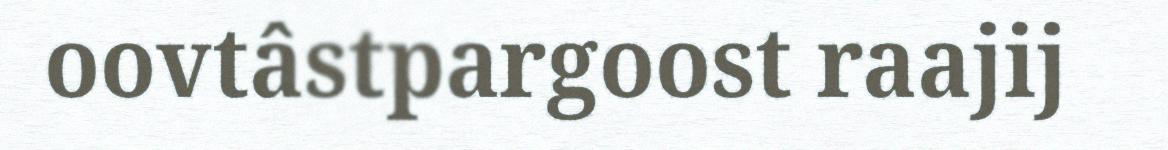
oovtâstpargoost raajij